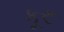
કૂરૂ